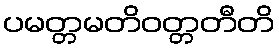
ပမတ္တမတိဝတ္တတီတိ